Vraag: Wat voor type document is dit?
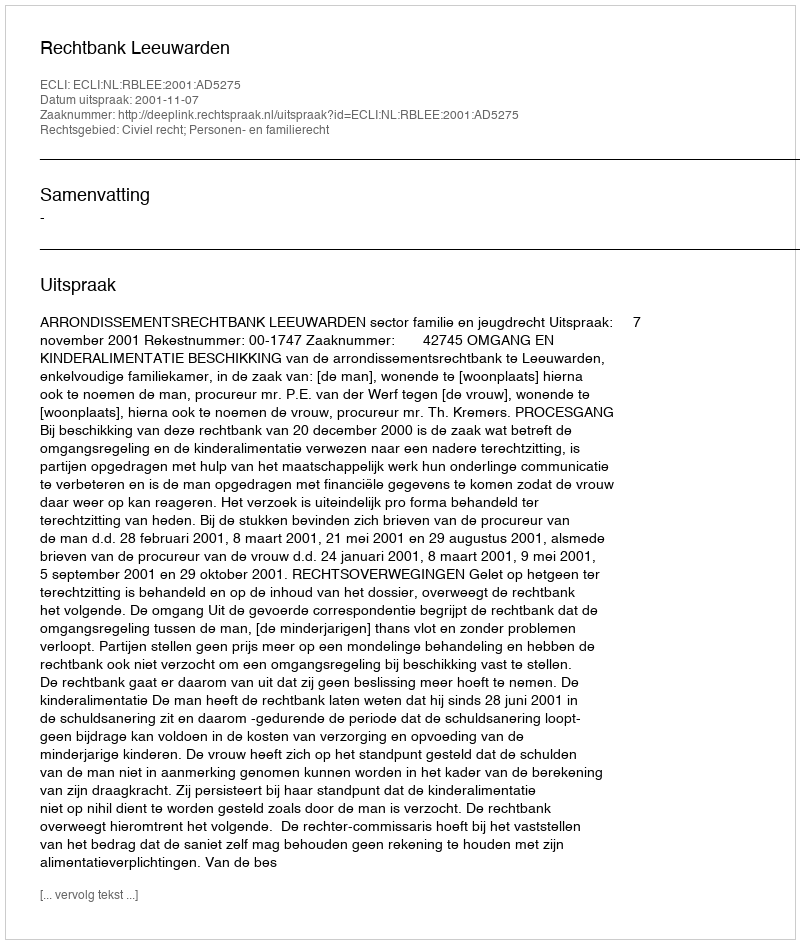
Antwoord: Uitspraak